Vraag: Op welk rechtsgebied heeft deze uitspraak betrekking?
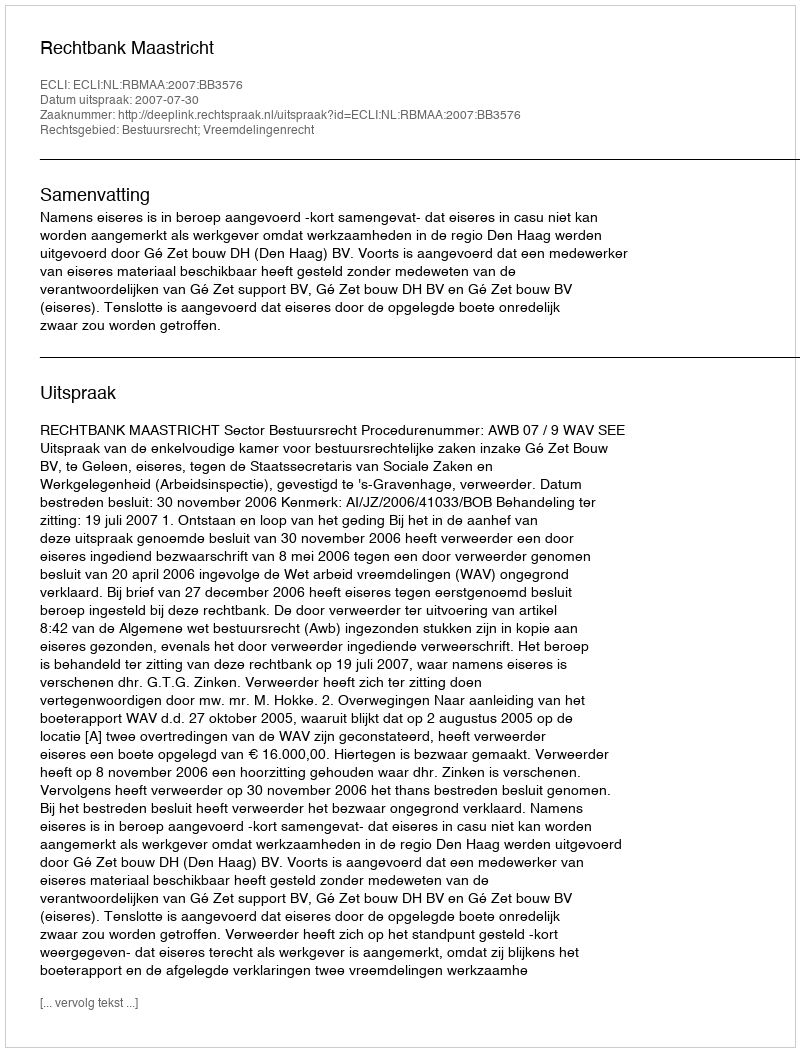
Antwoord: Bestuursrecht; Vreemdelingenrecht